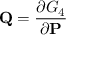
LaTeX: \mathbf { Q } = { \frac { \partial G _ { 4 } } { \partial \mathbf { P } } }